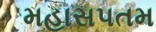
મહાસપતમ